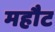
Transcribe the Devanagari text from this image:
महौट